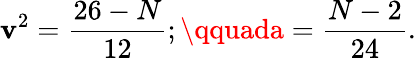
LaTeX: \mathbf{v}^{2}=\frac{{26-N}}{{12}};\qquada=\frac{{N-2}}{{24}}.